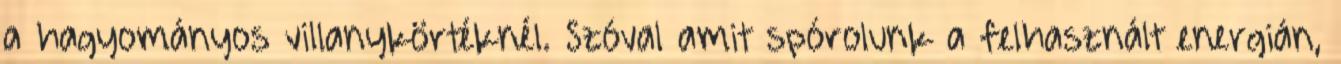
a hagyományos villanykörtéknél. Szóval amit spórolunk a felhasznált energián,